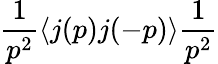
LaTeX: \frac{1}{p^{2}}\langle j(p)j(-p)\rangle\frac{1}{p^{2}}